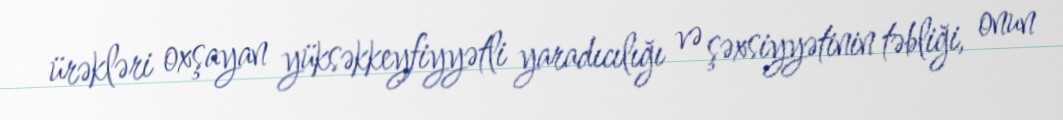
ürəkləri oxşayan yüksəkkeyfiyyətli yaradıcılığı və şəxsiyyətinin təbliği, onun